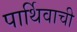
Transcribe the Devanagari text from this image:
पार्थिवाची